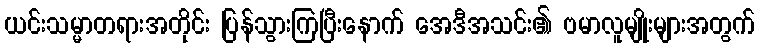
ယင်းသမ္မာတရားအတိုင်း ပြန်သွားကြပြီးနောက် အေဒီအသင်း၏ ဗမာလူမျိုးများအတွက်